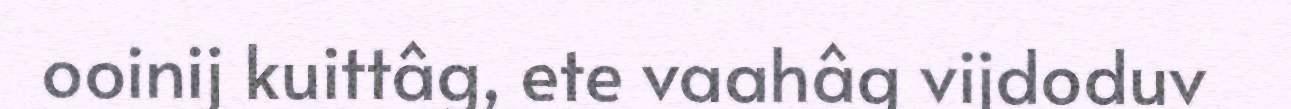
ooinij kuittâg, ete vaahâg vijdoduv